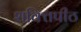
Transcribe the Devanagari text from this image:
शक्‍ितपीठ